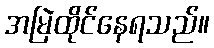
အမြဲထိုင်နေရသည်။